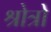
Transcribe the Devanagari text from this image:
श्रोत्रो